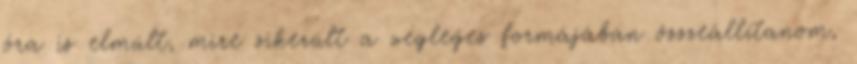
óra is elmúlt, mire sikerült a végleges formájában összeállítanom,